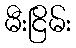
မီးငြိမ်း